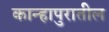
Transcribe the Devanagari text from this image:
कान्हापुरातील